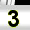
Digit: 3